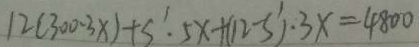
1 2 ( 3 0 0 - 3 x ) + s ^ { \prime } . 5 x + ( 1 2 - s ^ { \prime } ) \cdot 3 x = 4 8 0 0